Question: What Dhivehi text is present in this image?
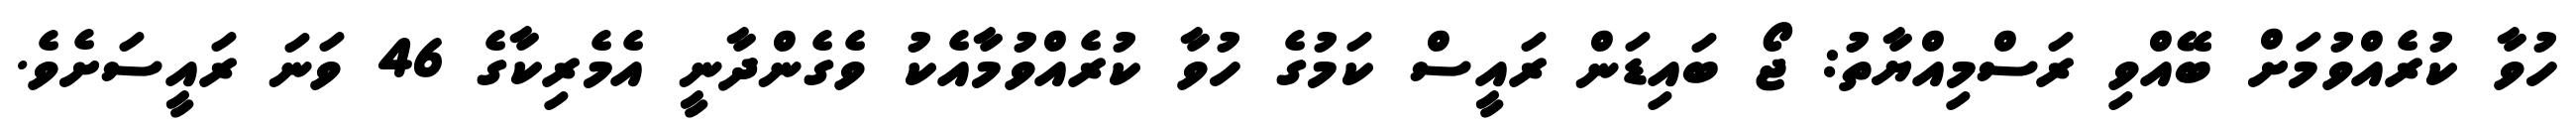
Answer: ހުވާ ކުރެއްވުމަށް ބޭއްވި ރަސްމިއްޔާތު: ޖޯ ބައިޑަން ރައީސް ކަމުގެ ހުވާ ކުރެއްވުމާއެކު ވެގެންދާނީ އެމެރިކާގެ 46 ވަނަ ރައީސަށެވެ.